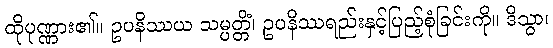
ထိုပုဏ္ဏား၏။ ဥပနိဿယ သမ္ပတ္တိံ၊ ဥပနိဿရည်းနှင့်ပြည့်စုံခြင်းကို။ ဒိသွာ၊